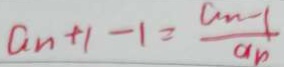
a _ { n } + 1 - 1 = \frac { a _ { n } - 1 } { a _ { n } }